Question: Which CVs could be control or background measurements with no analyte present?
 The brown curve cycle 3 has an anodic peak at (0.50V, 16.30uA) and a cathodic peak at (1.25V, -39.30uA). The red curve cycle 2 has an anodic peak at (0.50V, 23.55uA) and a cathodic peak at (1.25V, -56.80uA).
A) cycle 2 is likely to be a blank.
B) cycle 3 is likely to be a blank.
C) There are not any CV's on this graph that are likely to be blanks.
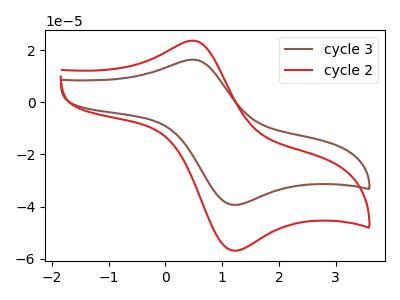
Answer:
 <answer>C) There are not any CV's on this graph that are likely to be blanks.</answer>
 <eval>C</eval>